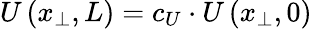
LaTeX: U\left(x_{\perp},L\right)=c_{U}\cdot U\left(x_{\perp},0\right)